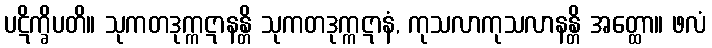
ပဋိက္ခိပတိ။ သုကတဒုက္ကဋာနန္တိ သုကတဒုက္ကဋာနံ, ကုသလာကုသလာနန္တိ အတ္ထော။ ဖလံ